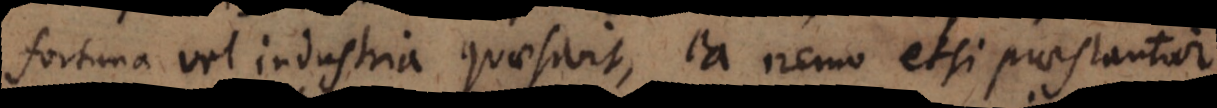
fortuna vel industria quaesivit, ea nemo etsi praestantior